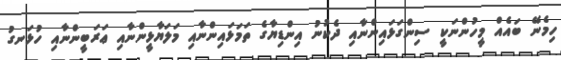
ހިމެނޭ ބައެއް މީހުންނަކީ ސިންގަޅައިންނާއި ދެކުނު އިންޑިޔާގެ ތަމަޅައިންނާއި މަލަޔާޅީންނާއި ޢަރަބީންނާއި ހުޅަނގު